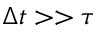
\Delta t > > \tau